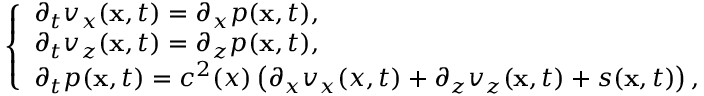
\left\{ \begin{array} { l l } { \partial _ { t } v _ { x } ( \mathbf { x } , t ) = \partial _ { x } p ( \mathbf { x } , t ) , } \\ { \partial _ { t } v _ { z } ( \mathbf { x } , t ) = \partial _ { z } p ( \mathbf { x } , t ) , } \\ { \partial _ { t } p ( \mathbf { x } , t ) = c ^ { 2 } ( x ) \left( \partial _ { x } v _ { x } ( x , t ) + \partial _ { z } v _ { z } ( \mathbf { x } , t ) + s ( \mathbf { x } , t ) \right) , } \end{array} \right.